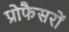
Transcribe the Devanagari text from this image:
प्रोफैसरों